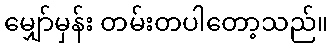
မျှော်မှန်း တမ်းတပါတော့သည်။